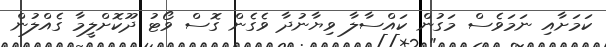
ކަމަށާއި ނަމަވެސް މަގުން ކައްސާލާ ވިޔާނުދާ ވެގެން ގޮސް ވޯޓު ދޫކޮށްލީމާ ގެއްލުން